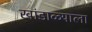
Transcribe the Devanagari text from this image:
खांडाळ्याला